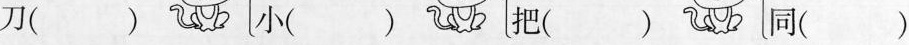
刀（ ）小（ ）把（ ）同（ ）